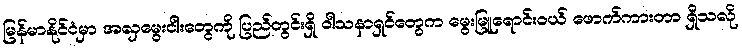
မြန်မာနိုင်ငံမှာ အလှမွေးငါးတွေကို ပြည်တွင်းရှိ ဝါသနာရှင်တွေက မွေးမြူရောင်းဝယ် ဖောက်ကားတာ ရှိသလို